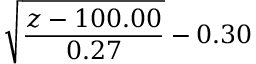
\displaystyle { \sqrt { \frac { z - 1 0 0 . 0 0 } { 0 . 2 7 } } - 0 . 3 0 }